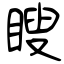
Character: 瞍